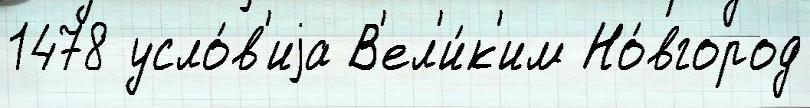
1478 усло́в'иjа В'ел'и́к'им Но́вгород